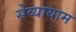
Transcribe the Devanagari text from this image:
सेव्यायाम